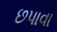
છપાવા